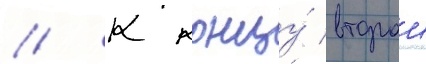
// К концу́ второи